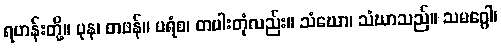
ရဟန်းတို့။ ပုန၊ တဖန်။ ပရံစ၊ တပါးတုံလည်း။ သံဃော၊ သံဃာသည်။ သမဂ္ဂေါ၊